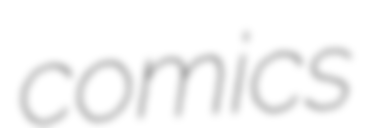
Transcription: comics